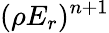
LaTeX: (\rho E_{r})^{n+1}